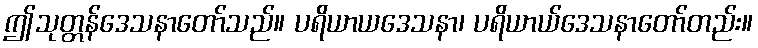
ဤသုတ္တန်ဒေသနာတော်သည်။ ပရိယာယဒေသနာ၊ ပရိယာယ်ဒေသနာတော်တည်း။